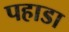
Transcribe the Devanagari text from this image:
पहाडा